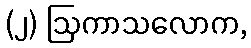
(၂) ဩကာသလောက,